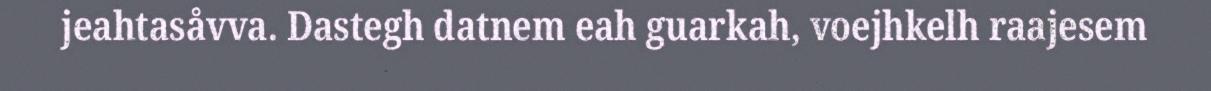
jeahtasåvva. Dastegh datnem eah guarkah, voejhkelh raajesem